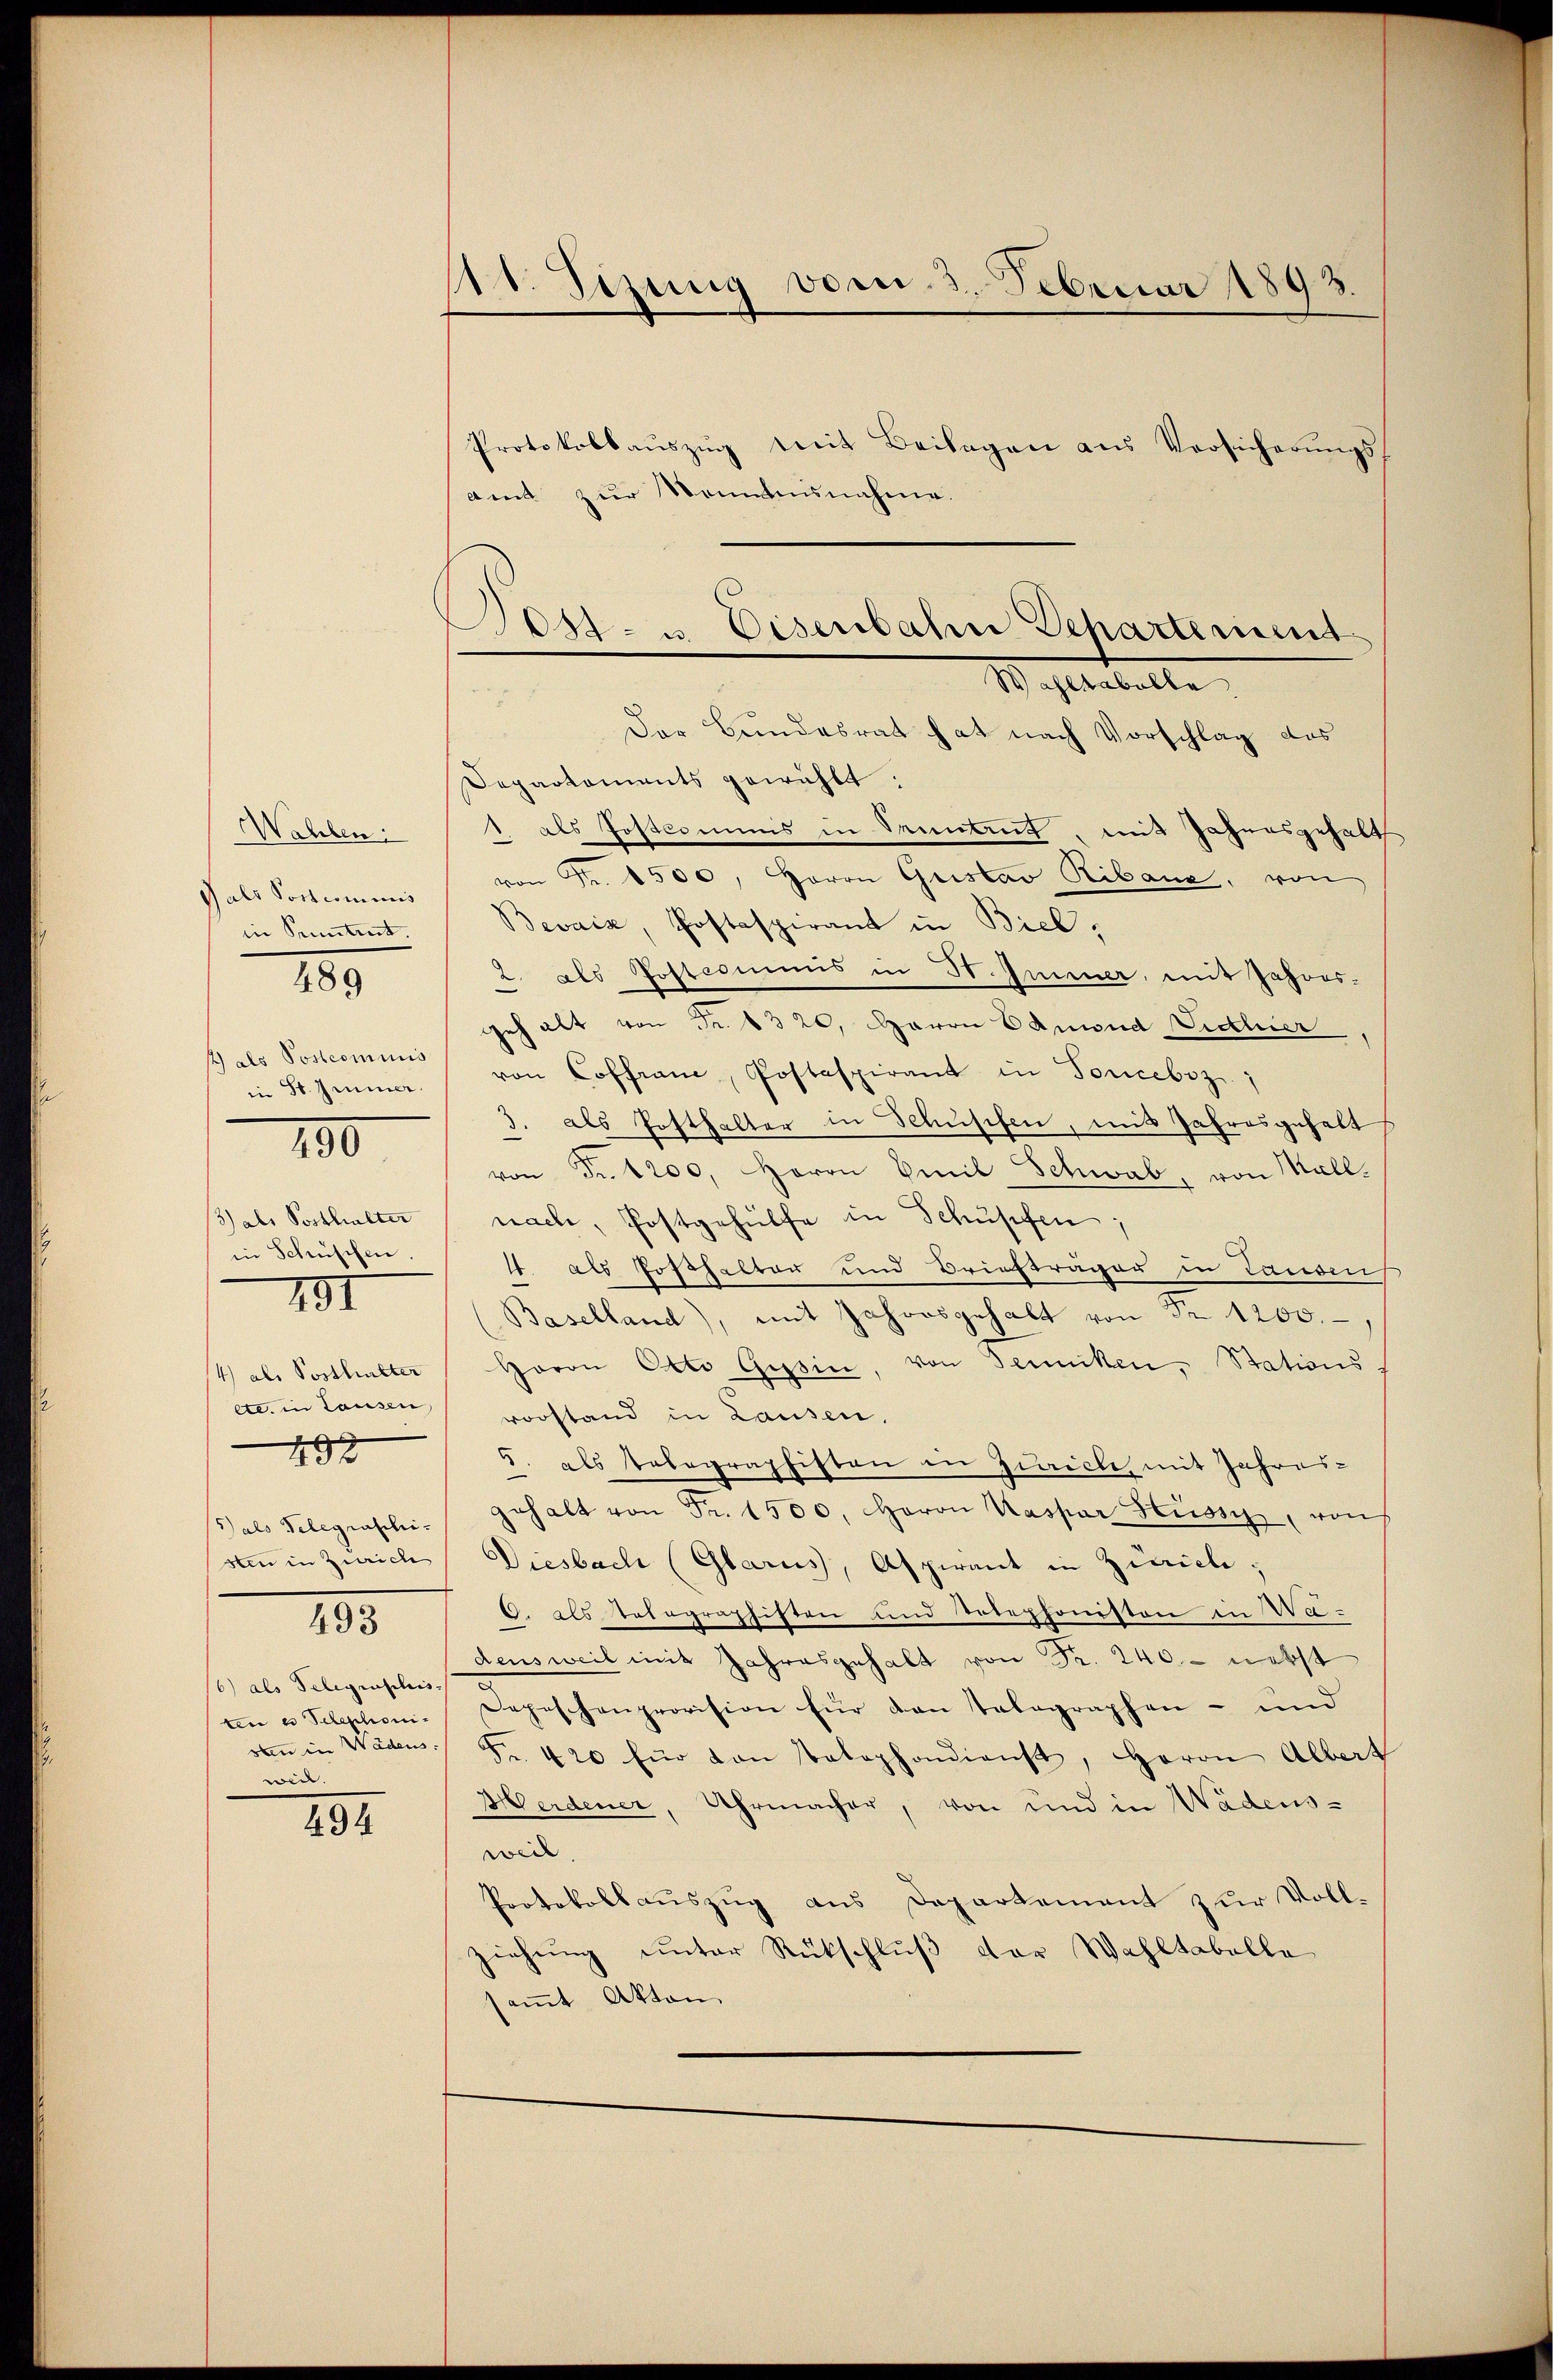
Wahlen.
Gals Postcommis
in Petent.
1) als Postcommis
in St. Immer.
13) als Posthalter
in Schüschen.
791
/4) als Posthalter
etc. in Tausen,
493
255
/6) als Telegraschis
ten es Telephoniee.

289

100

207

11. Sezung vom 3. Februar 1892.

Protokollaŭszŭg mit Beilagen aus Versicherungse
amt zur Mann
snahme.
Der Bundesrat hat nach Vorschlag des
Separtaments gewählt:
1 als Postcommis in Deuntrut, mit Jahresgehalt
von Fr. 1500, Herrn Geistav Ribane, von
Bevaiz, Postaspirant in Biel,
2. als Postcommis in H. Inner, mit Jahorsgehalt von Fr. 1320, Herrn Edmund Victhier,
von Coffranz, Postaspirant in Toncebiz;
3. als Posthalter in Schusefen, mit Jahresgehalt
von Fr. 1200. Herrn Emil Schwab, von Mallnach, Postgehülfe in Schupfen;
. als Posthalter und Briefträger in Lausen
Baselland), mit Jahresgehalt von Nr. 1200.
Haron Otto Gessin, von denken, Stations-
vorstand in Lausen,
5. als telegraphisten in Zuricle, mit Jahres-
(Gals Telegraschi. gehalt von Fr. 1500. Herrn Kaspar Stüssig, raus
sten in Zürich Diesbach (Glarus, Aspirant in Zürich;
9. als Totagraphisten und Telephonisten in Wiedensweil mit Jahresgehalt von Fr. 240. - nebst
Depeschenprovision für den Telegraphen- und
den in Wäden Fr. 420 für von Telephondienst, Herrn Albert
Herdener, Uhrmacher, von und in Wadens-
weil.
Protokollauszug aus Departement zur Vollziehŭng unter Rückschlŭβ der Wahltabelle
saṁt Akten

04. Eisenbahn Departement
Wahltabelle.